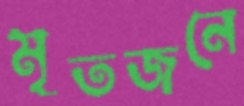
মৃতজনে